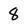
Character: 8